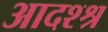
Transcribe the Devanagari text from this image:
आदश्श्र